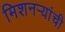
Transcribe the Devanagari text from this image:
मिशनऱ्यांची